Treatise on elephants
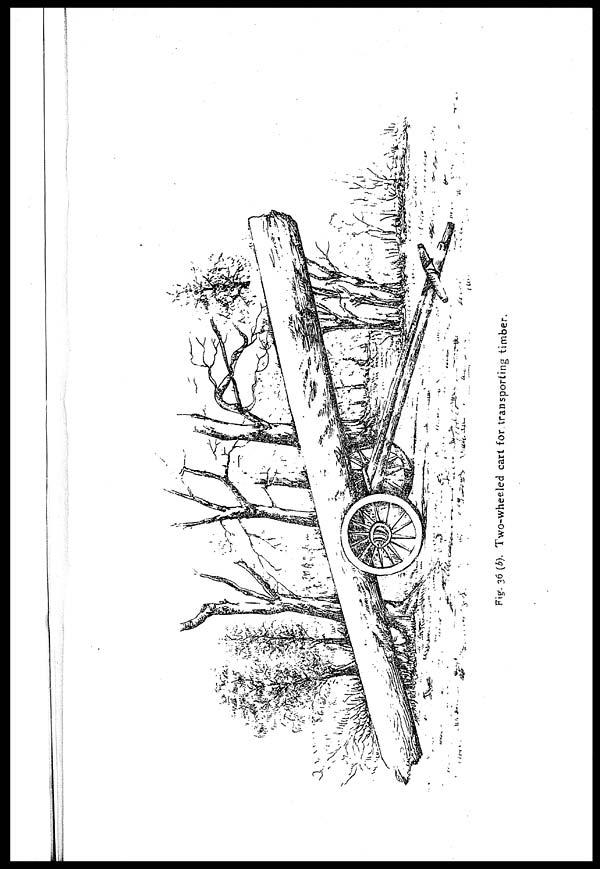
Fig . 36 (b).
Two-wheeled cart for transporting timber.